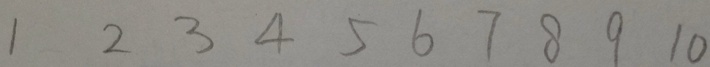
1 2 3 4 5 6 7 8 9 1 0